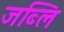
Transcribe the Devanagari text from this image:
जब्लि